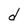
Character: d